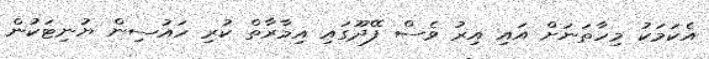
އެކަމަކު މިހާތަނަށް އައި އިރު ވެސް ފޭދޫގައި އިމާރާތް ކުރި ހައުސިން ޔުނިޓަކުން